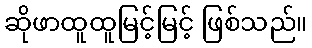
ဆိုဖာထူထူမြင့်မြင့် ဖြစ်သည်။